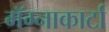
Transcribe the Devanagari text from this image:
मॅग्नाकार्टा